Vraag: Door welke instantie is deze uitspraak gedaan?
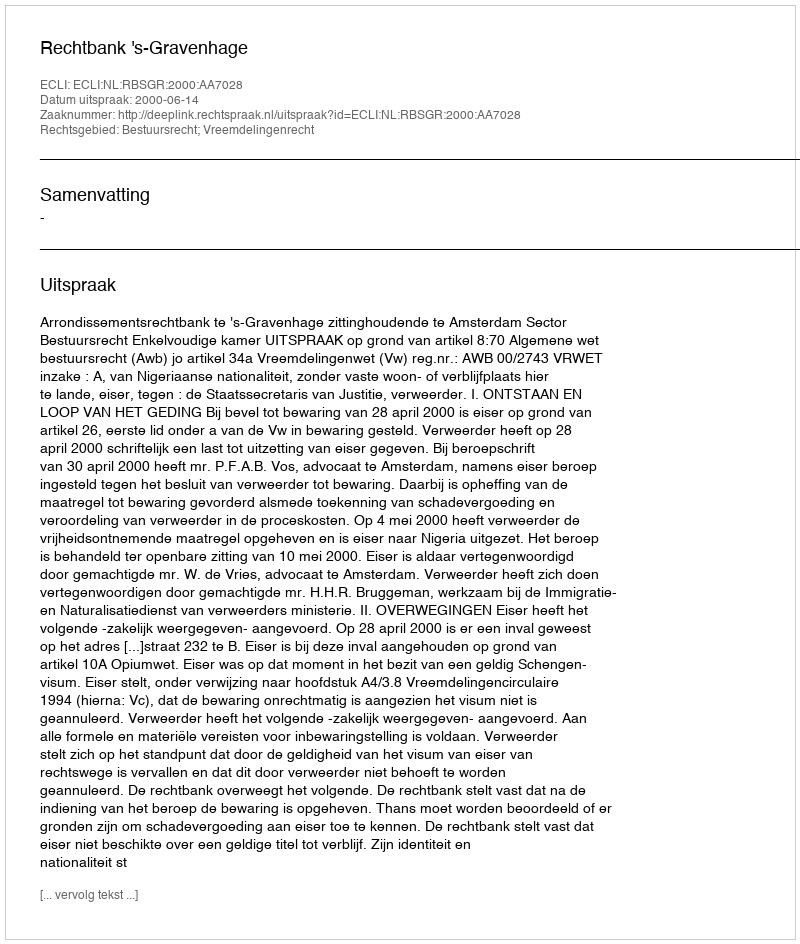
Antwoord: Rechtbank 's-Gravenhage